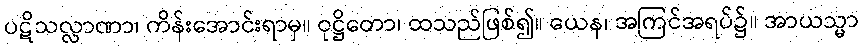
ပဋိသလ္လာဏာ၊ ကိန်းအောင်းရာမှ။ ဝုဋ္ဌိတော၊ ထသည်ဖြစ်၍။ ယေန၊ အကြင်အရပ်၌။ အာယသ္မာ